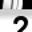
Digit: 2